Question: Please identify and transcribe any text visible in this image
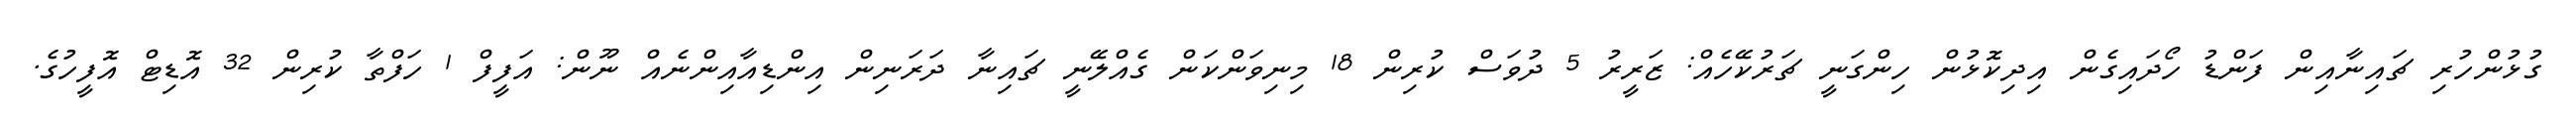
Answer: ގުޅުންހުރި ޗައިނާއިން ފަންޑު ހޯދައިގެން އިދިކޮޅުން ހިންގަނީ ޗަރުކޭހެއް: ޒަރީރު 5 ދުވަސް ކުރިން 18 މިނިވަންކަން ގެއްލޭނީ ޗައިނާ ދަރަނިން އިންޑިއާއިންނެއް ނޫން: އަފީފް 1 ހަފްތާ ކުރިން 32 އޮޑިޓް އޮފީހުގެ.